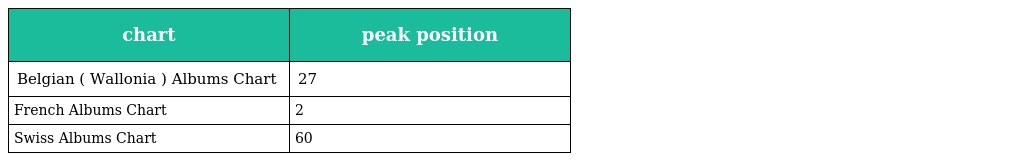
| chart | peak position |
 | --- | --- |
 | Belgian ( Wallonia ) Albums Chart | 27 |
 | French Albums Chart | 2 |
 | Swiss Albums Chart | 60 |